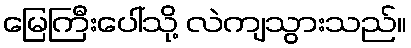
မြေကြီးပေါ်သို့ လဲကျသွားသည်။